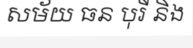
សម័យ ធន បុរី និង